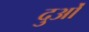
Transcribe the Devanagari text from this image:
दुओं